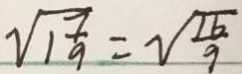
\sqrt { 1 \frac { 7 } { 9 } } = \sqrt { \frac { 1 6 } { 9 } }